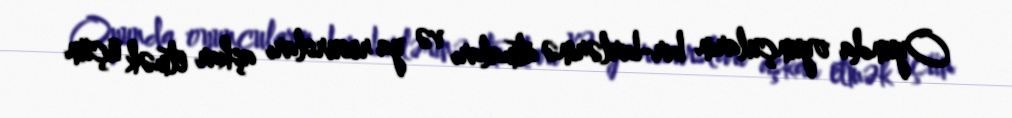
Oyunda oyunçuların bir-birlərinə atmaları və ya resursları aşkar etmək üçün